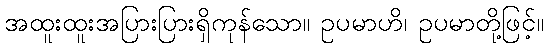
အထူးထူးအပြားပြားရှိကုန်သော။ ဥပမာဟိ၊ ဥပမာတို့ဖြင့်။